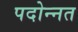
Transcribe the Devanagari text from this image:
पदोन्‍नत